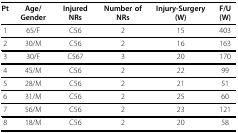
| Pt | Age/Gender | Injured NRs | Number of NRs | Injury-Surgery (W) | F/U(W) |
 | --- | --- | --- | --- | --- | --- |
 | 1 | 65/F | C56 | 2 | 15 | 403 |
 | 2 | 30/M | C56 | 2 | 16 | 163 |
 | 3 | 30/F | C567 | 3 | 20 | 170 |
 | 4 | 45/M | C56 | 2 | 22 | 99 |
 | 5 | 28/M | C56 | 2 | 21 | 51 |
 | 6 | 31/M | C56 | 2 | 25 | 60 |
 | 7 | 56/M | C56 | 2 | 23 | 121 |
 | 8 | 18/M | C56 | 2 | 20 | 58 |